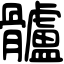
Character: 髗